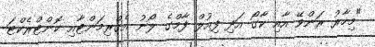
"މިހާރު ރަންވޭ އާއި ކާގޯ އަދި ފިއުުލް ފާމްގެ ލޯނު އެގްރިމަންޓާއި ކޮންޓްރެކްޓަ